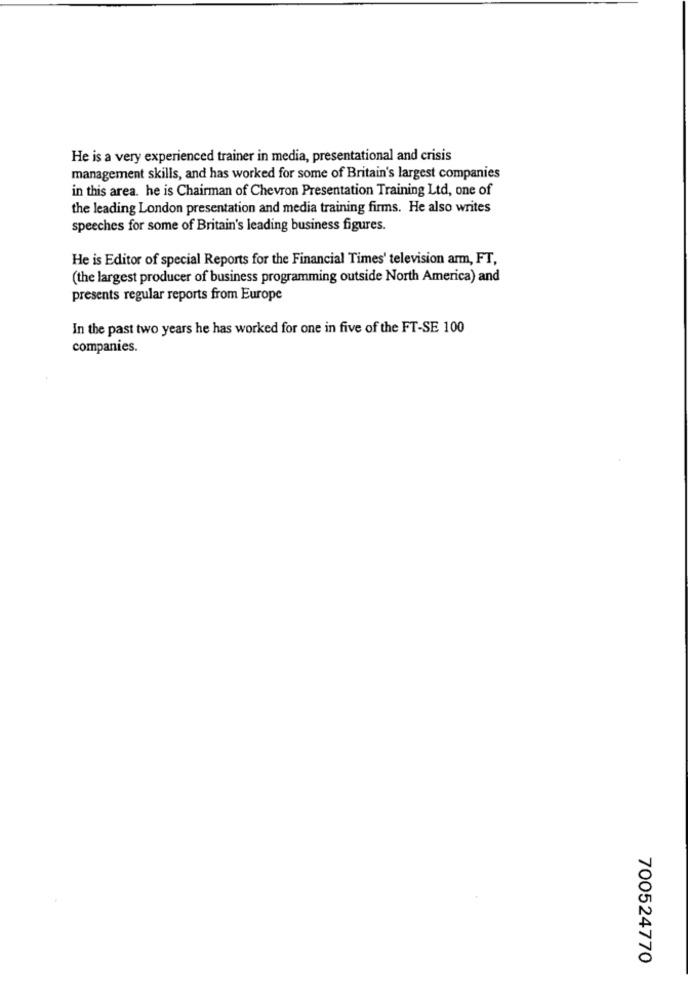
He is a very experienced trainer in media, presentational and crisis
management skills, and has worked for some of Britain's largest companies
in this area. he is Chairman of Chevron Presentation Training Ltd, one of
the leading London presentation and media training firms. He also writes
speeches for some of Britain's leading business figures.
He is Editor of special Reports for the Financial Times' television arm, FT,
(the largest producer of business programming outside North America) and
presents regular reports from Europe
In the past two years he has worked for one in five of the FT-SE 100
companies.
700524770